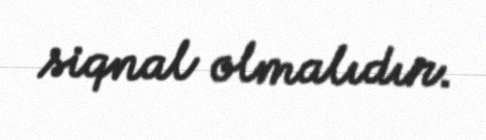
siqnal olmalıdır.